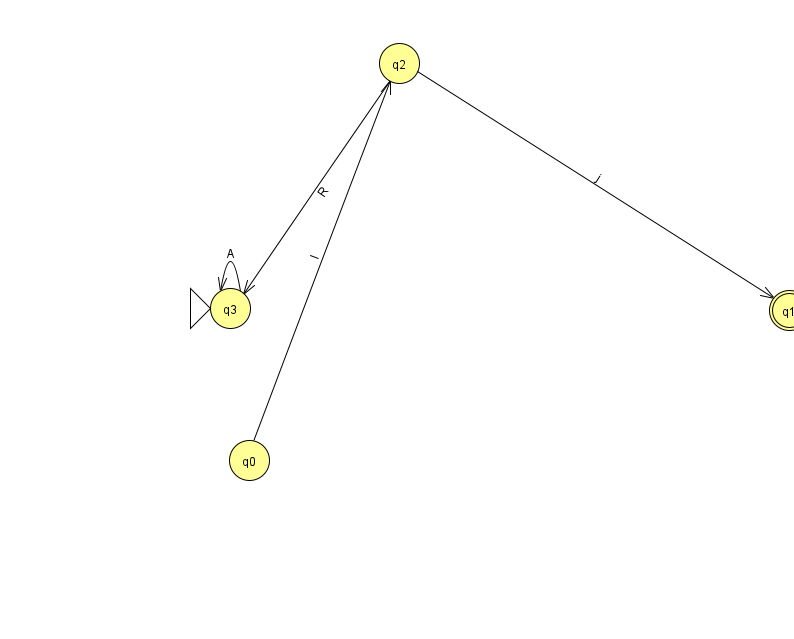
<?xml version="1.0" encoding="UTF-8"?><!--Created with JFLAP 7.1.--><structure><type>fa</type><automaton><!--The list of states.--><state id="0" name="q0"><x>249.0</x><y>447.0</y></state><state id="1" name="q1"><x>789.0</x><y>297.0</y><final/></state><state id="2" name="q2"><x>399.0</x><y>50.0</y></state><state id="3" name="q3"><x>230.0</x><y>295.0</y><initial/></state><!--The list of transitions.--><transition><from>2</from><to>3</to><read>R</read></transition><transition><from>0</from><to>2</to><read>I</read></transition><transition><from>3</from><to>3</to><read>A</read></transition><transition><from>2</from><to>1</to><read>j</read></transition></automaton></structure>